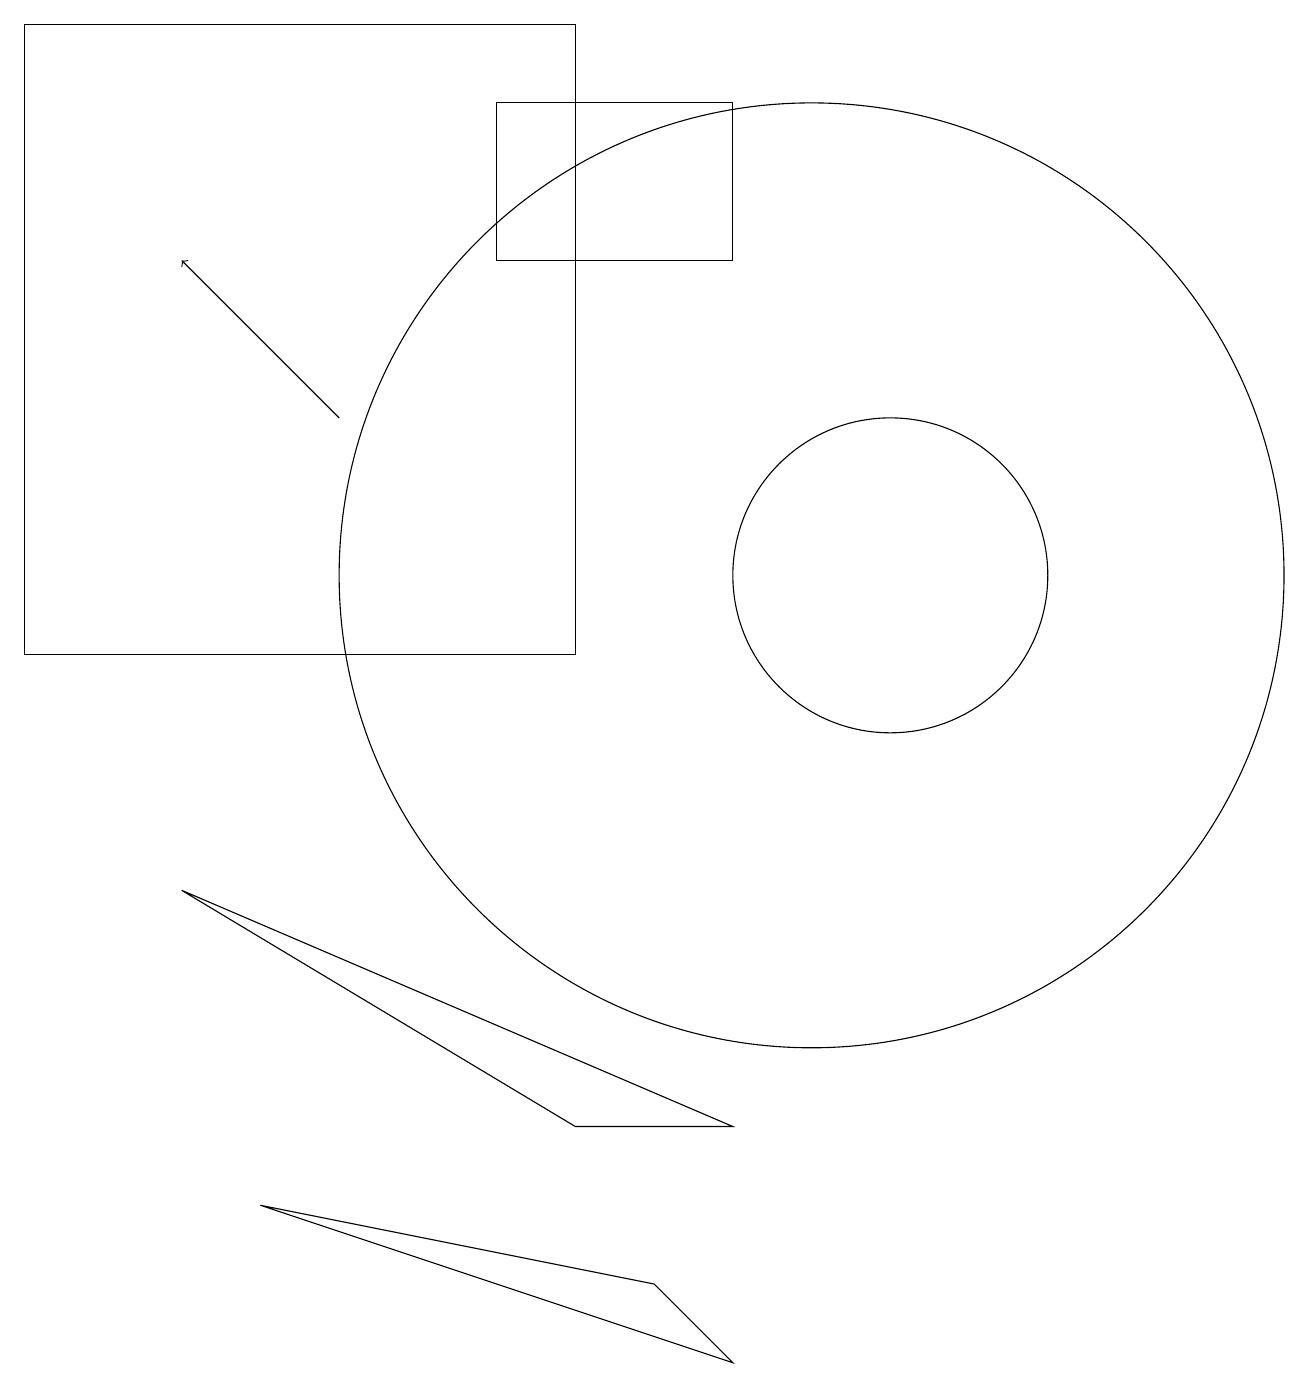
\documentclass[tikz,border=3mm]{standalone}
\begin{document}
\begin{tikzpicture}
\draw (0,18) rectangle (7,10);
\draw (3,3) -- (9,1) -- (8,2) -- cycle;
\draw (9,17) rectangle (6,15);
\draw (7,4) -- (9,4) -- (2,7) -- cycle;
\draw[->] (4,13) -- (2,15);
\draw (10,11) circle (6);
\draw (11,11) circle (2);
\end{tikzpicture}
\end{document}